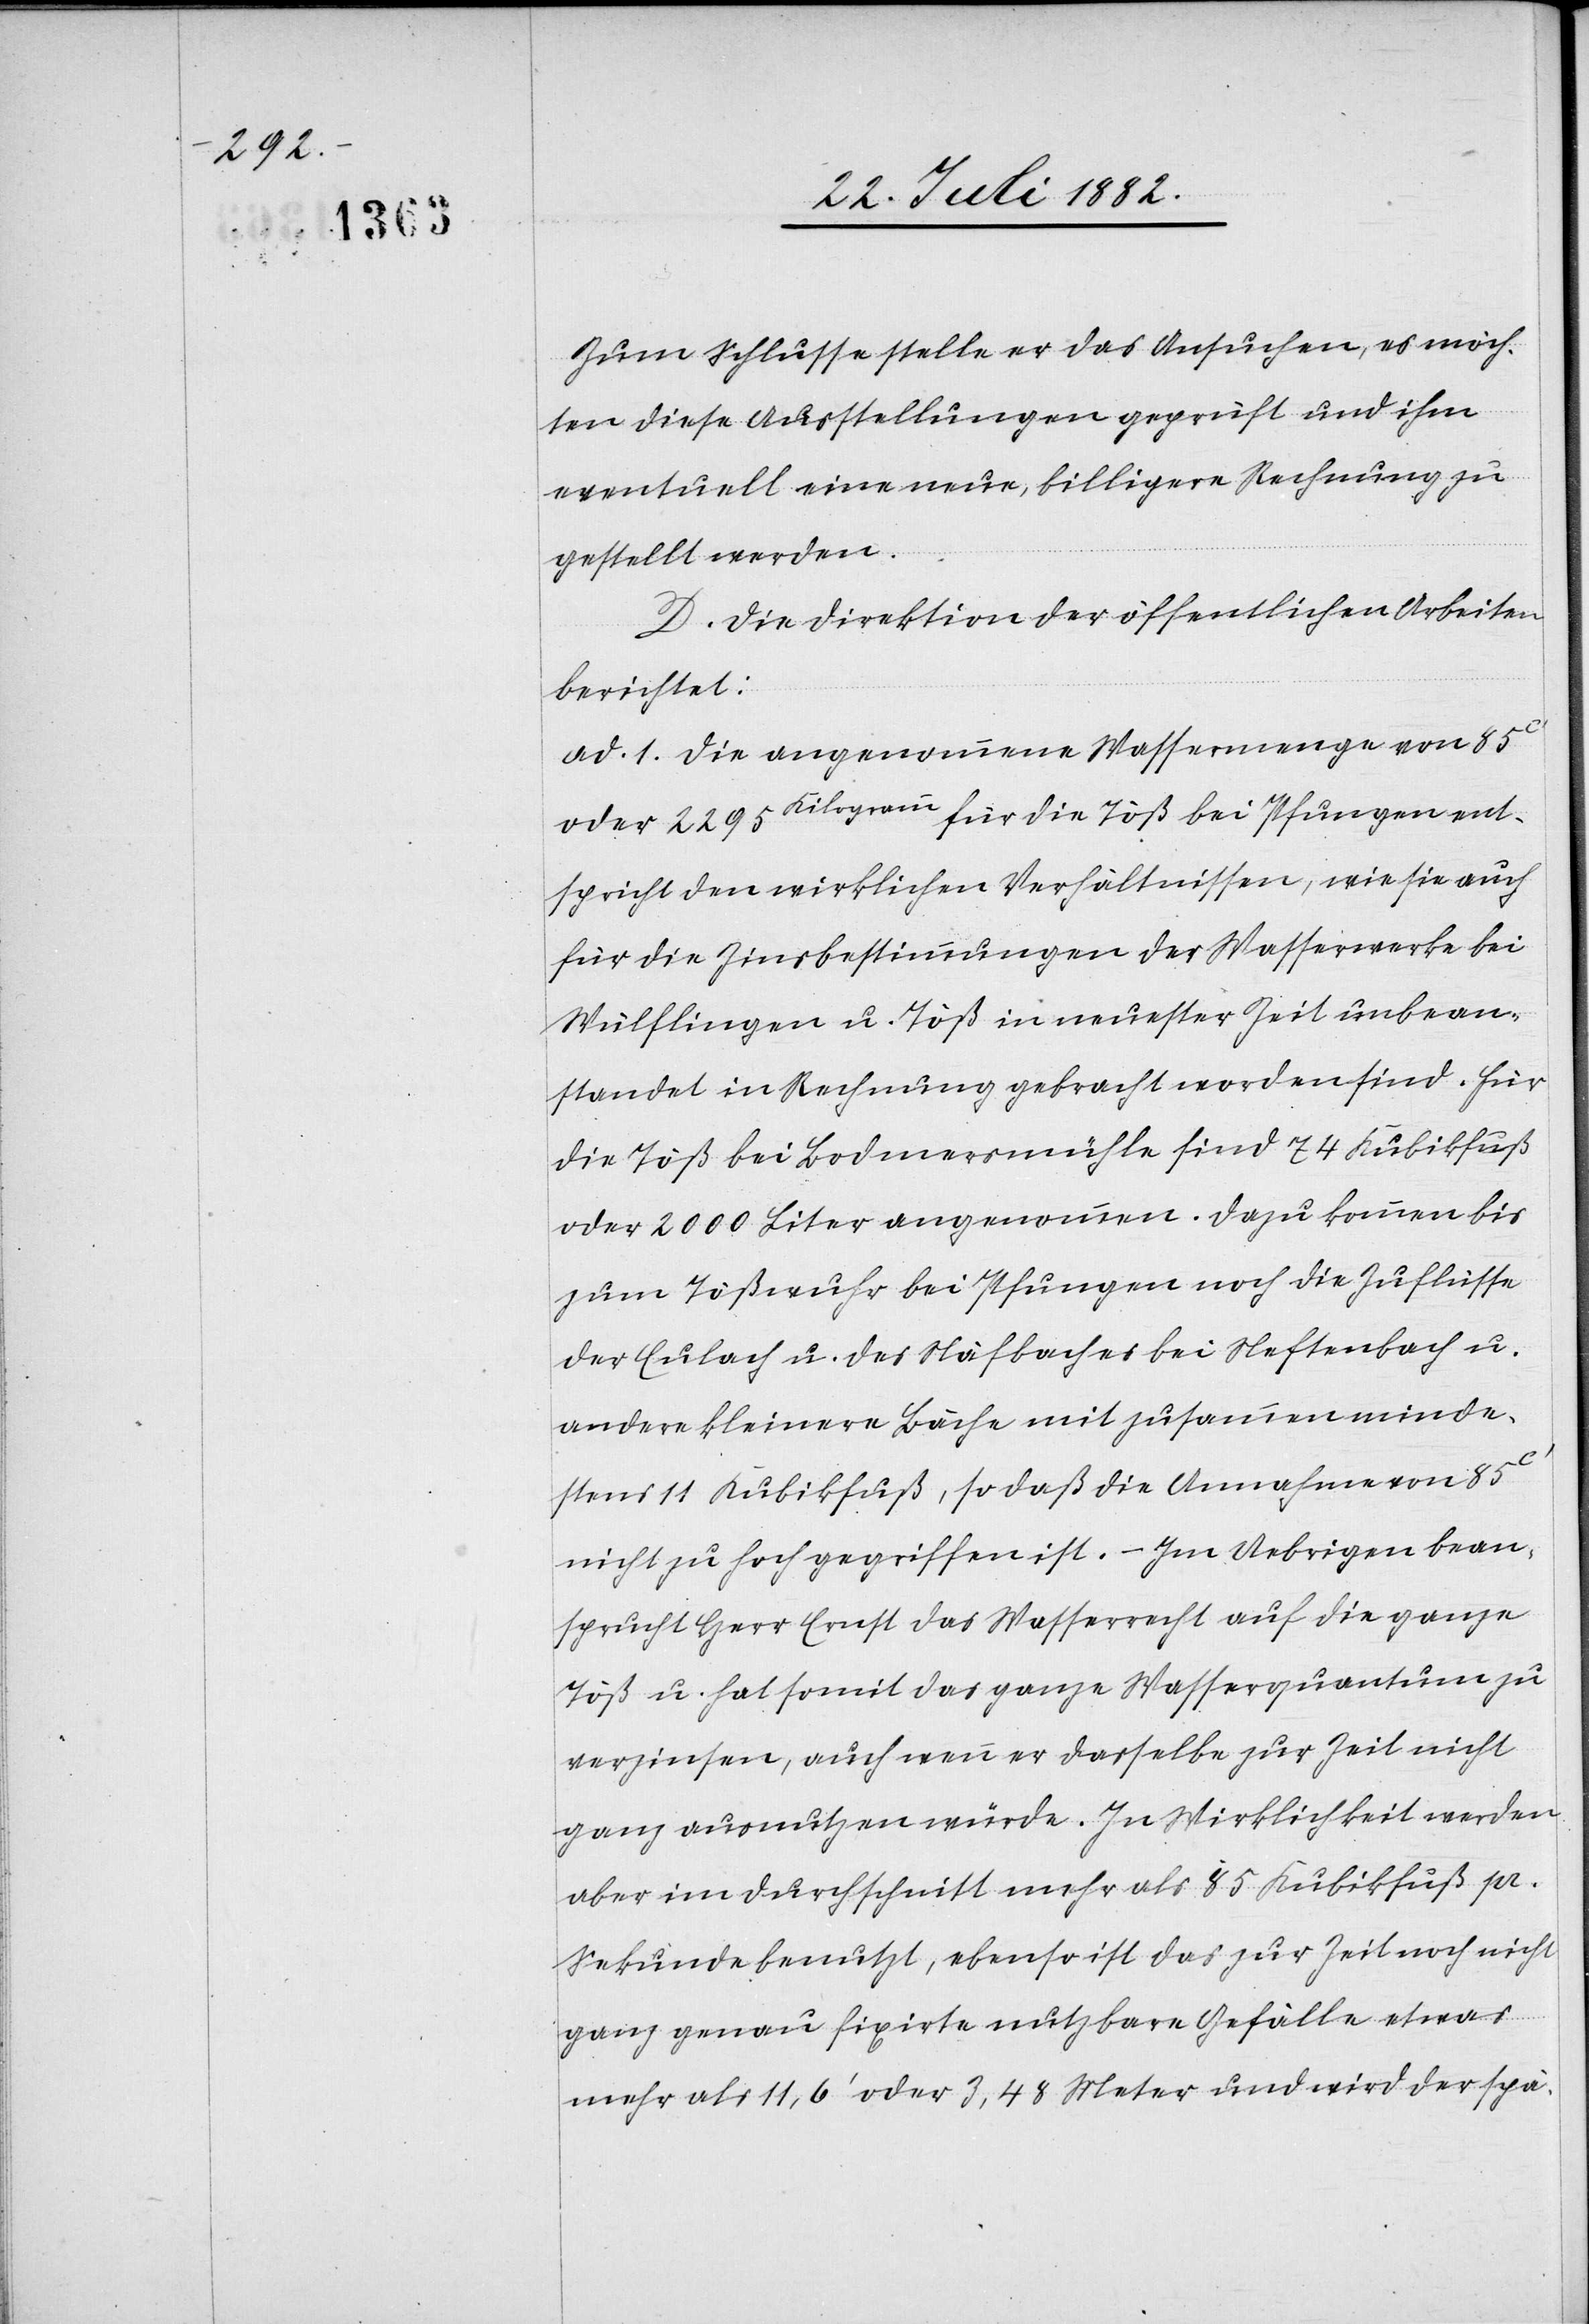
Zum Schlusse stelle er das Ansuchen, es möch¬
ten diese Ausstellungen geprüft und ihm
eventuell eine neue, billigere Rechnung zu¬
gestellt werden.
D. Die Direktion der öffentlichen Arbeiten
berichtet:
ad. 1. Die angenommene Wassermenge von 85c‘
oder 2295Kilogramm für die Töß bei Pfungen ent¬
spricht den wirklichen Verhältnissen, wie sie auch
für die Zinsbestimmungen der Wasserwerke bei
Wülflingen u. Töß in neuester Zeit unbean¬
standet in Rechnung gebracht worden sind. Für
die Töß bei Bodmersmühle sind 74 Kubikfuß
oder 2000 Liter angenommen. Dazu kommen bis
zum Tößwuhr bei Pfungen noch die Zuflüsse
der Eulach u. des Näfbaches bei Neftenbach u.
andere kleinere Bäche mit zusammen minde¬
stens 11 Kubikfuß, so daß die Annahme von 85c‘
nicht zu hoch gegriffen ist. – Im Uebrigen bean¬
sprucht Herr Ernst das Wasserrecht auf die ganze
Töß u. hat somit das ganze Wasserquantum zu
verzinsen, auch wenn er dasselbe zur Zeit nicht
ganz ausnutzen würde. In Wirklichkeit werden
aber im Durchschnitt mehr als 85 Kubikfuß pr.
Sekunde benutzt, ebenso ist das zur Zeit noch nicht
mehr als 11,6‘ oder 3,48 Meter und wird der spä-